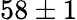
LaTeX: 58\pm 1